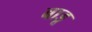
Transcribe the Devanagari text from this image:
बाडू